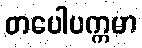
တပေါပက္ကမာ